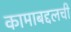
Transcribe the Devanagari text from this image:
कामाबद्दलची